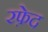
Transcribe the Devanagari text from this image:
रफ़ेद